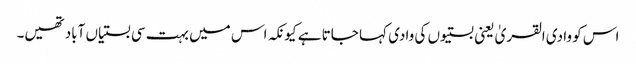
اس کو وادی القریٰ یعنی بستیوں کی وادی کہا جاتا ہے کیونکہ اس میں بہت سی بستیاں آباد تھیں۔